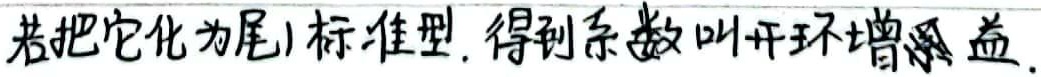
若把它化为尾 1 标准型，得到的系数叫开环增益。